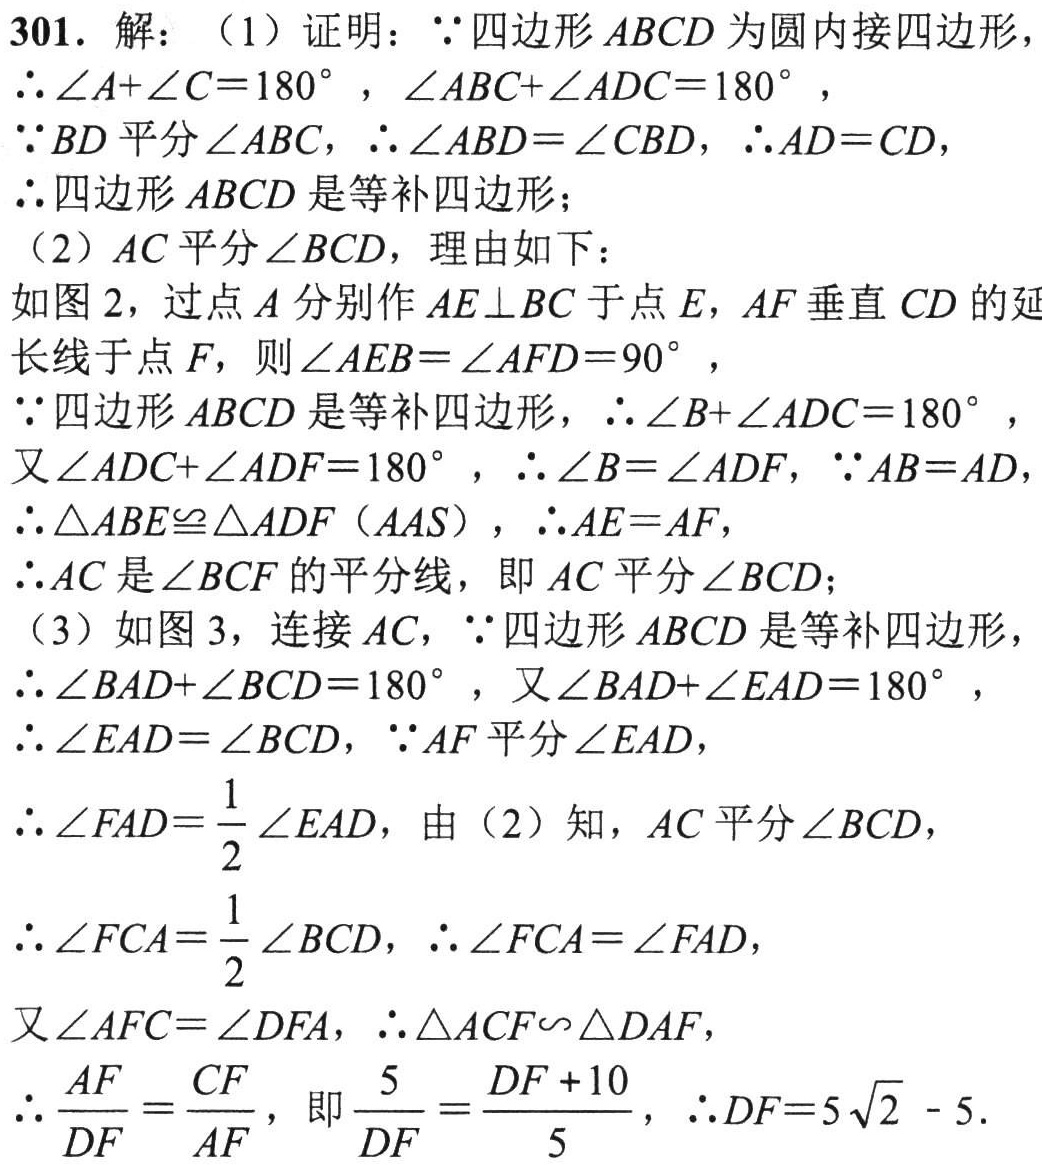
301. 解：（1）证明：\(\because\)四边形\(ABCD\)为圆内接四边形，
\(\therefore\angle A+\angle C = 180^{\circ}\)，\(\angle ABC+\angle ADC = 180^{\circ}\)，
\(\because BD\)平分\(\angle ABC\)，\(\therefore\angle ABD=\angle CBD\)，\(\therefore AD = CD\)，
\(\therefore\)四边形\(ABCD\)是等补四边形；
（2）\(AC\)平分\(\angle BCD\)，理由如下：
如图 2，过点\(A\)分别作\(AE\perp BC\)于点\(E\)，\(AF\)垂直\(CD\)的延长线于点\(F\)，则\(\angle AEB=\angle AFD = 90^{\circ}\)，
\(\because\)四边形\(ABCD\)是等补四边形，\(\therefore\angle B+\angle ADC = 180^{\circ}\)，
又\(\angle ADC+\angle ADF = 180^{\circ}\)，\(\therefore\angle B=\angle ADF\)，\(\because AB = AD\)，
\(\therefore\triangle ABE\cong\triangle ADF\)（\(AAS\)），\(\therefore AE = AF\)，
\(\therefore AC\)是\(\angle BCF\)的平分线，即\(AC\)平分\(\angle BCD\)；
（3）如图 3，连接\(AC\)，\(\because\)四边形\(ABCD\)是等补四边形，
\(\therefore\angle BAD+\angle BCD = 180^{\circ}\)，又\(\angle BAD+\angle EAD = 180^{\circ}\)，
\(\therefore\angle EAD=\angle BCD\)，\(\because AF\)平分\(\angle EAD\)，
\(\therefore\angle FAD=\frac{1}{2}\angle EAD\)，由（2）知，\(AC\)平分\(\angle BCD\)，
\(\therefore\angle FCA=\frac{1}{2}\angle BCD\)，\(\therefore\angle FCA=\angle FAD\)，
又\(\angle AFC=\angle DFA\)，\(\therefore\triangle ACF\sim\triangle DAF\)，
\(\therefore\frac{AF}{DF}=\frac{CF}{AF}\)，即\(\frac{5}{DF}=\frac{DF + 10}{5}\)，\(\therefore DF = 5\sqrt{2}-5\).